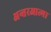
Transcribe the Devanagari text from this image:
अन्तरआत्मा